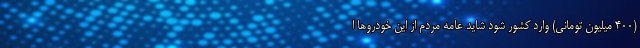
(۴۰۰ میلیون تومانی) وارد کشور شود شاید عامه مردم از این خودروها ا